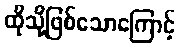
ထိုသို့ဖြစ်သောကြောင့်